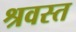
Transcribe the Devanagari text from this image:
श्रवस्त